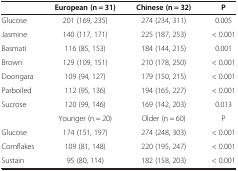
<table><thead><tr><td><b> </b></td><td><b>European (n = 31)</b></td><td><b>Chinese (n = 32)</b></td><td><b>P</b></td></tr></thead><tbody><tr><td>Glucose</td><td>201 (169, 235)</td><td>274 (234, 311)</td><td>0.005</td></tr><tr><td>Jasmine</td><td>140 (117, 171)</td><td>225 (187, 253)</td><td>&lt; 0.001</td></tr><tr><td>Basmati</td><td>116 (85, 153)</td><td>184 (144, 215)</td><td>0.001</td></tr><tr><td>Brown</td><td>129 (109, 151)</td><td>210 (178, 250)</td><td>&lt; 0.001</td></tr><tr><td>Doongara</td><td>109 (94, 127)</td><td>179 (150, 215)</td><td>&lt; 0.001</td></tr><tr><td>Parboiled</td><td>112 (95, 136)</td><td>194 (165, 227)</td><td>&lt; 0.001</td></tr><tr><td>Sucrose</td><td>120 (99, 146)</td><td>169 (142, 203)</td><td>0.013</td></tr><tr><td> </td><td>Younger (n = 20)</td><td>Older (n = 60)</td><td>P</td></tr><tr><td>Glucose</td><td>174 (151, 197)</td><td>274 (248, 303)</td><td>&lt; 0.001</td></tr><tr><td>Cornflakes</td><td>109 (81, 148)</td><td>220 (195, 247)</td><td>&lt; 0.001</td></tr><tr><td>Sustain</td><td>95 (80, 114)</td><td>182 (158, 203)</td><td>&lt; 0.001</td></tr></tbody></table>